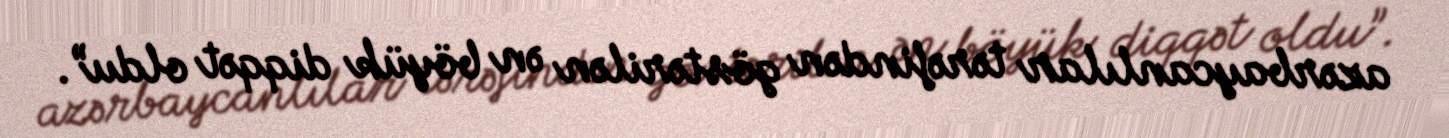
azərbaycanlılar tərəfindən göstərilən ən böyük diqqət oldu”.